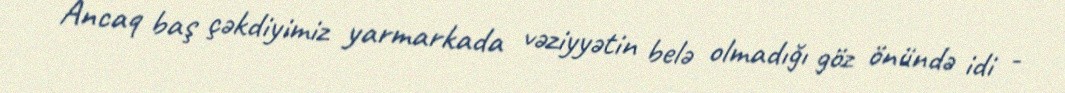
Ancaq baş çəkdiyimiz yarmarkada vəziyyətin belə olmadığı göz önündə idi -